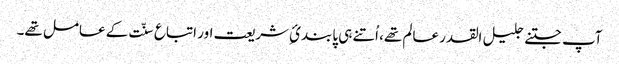
آپ جتنے جلیل القدر عالم تھے، اُتنے ہی پابندئِ شریعت اور اتباع سنّت کے عامل تھے۔